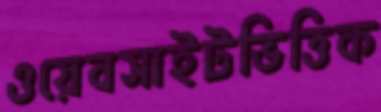
ওয়েবসাইটভিত্তিক